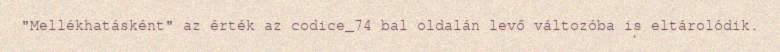
"Mellékhatásként" az érték az codice_74 bal oldalán levő változóba is eltárolódik.